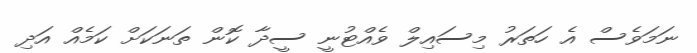
ނަމަވެސް އެ ހަތަރު މިސައިލް ވެއްޓުނީ ސީދާ ކޮން ތަނަކަށް ކަމެއް އަދި